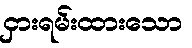
ငှားရမ်းထားသော